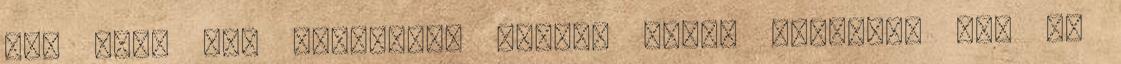
már csak egy mondatott vágott hozzá dühösen, ami az